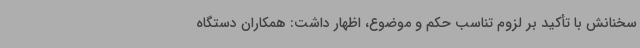
سخنانش با تأکید بر لزوم تناسب حکم و موضوع، اظهار داشت: همکاران دستگاه